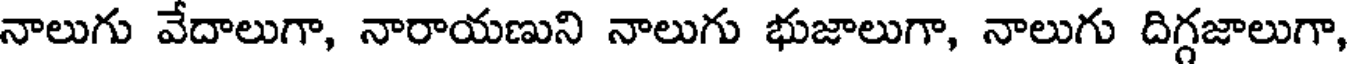
నాలుగు వేదాలుగా, నారాయణుని నాలుగు భుజాలుగా, నాలుగు దిగ్గజాలుగా,